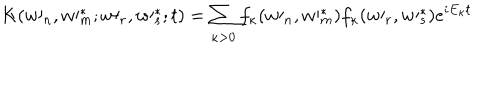
K ( w \prime _ { n } , w \prime _ { m } ^ { \ast } ; w \prime _ { r } , w \prime _ { s } ^ { \ast } ; t ) = \sum _ { \kappa > 0 } f _ { \kappa } ( w \prime _ { n } , w \prime _ { m } ^ { \ast } ) f _ { \kappa } ( w \prime _ { r } , w \prime _ { s } ^ { \ast } ) e ^ { i E _ { \kappa } t }